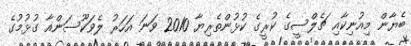
ބެޔާން މިއުނިކާއި ޗެލްސީގެ ކުރީގެ ކުޅުންތެރިޔާ 2010 ވަނަ އަހަރު ލެވަކޫސަންއާ ގުޅުމުގެ